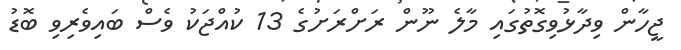
ޖީހާން ވިދާޅުވިގޮތުގައި މާލެ ނޫން ރަށްރަށުގެ 13 ކުއްޖަކު ވެސް ބައިވެރިވި ބޮޑު